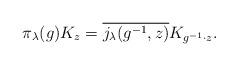
LaTeX: \begin{align*} \pi_\lambda(g)K_z = \overline{j_\lambda(g^{-1},z)} K_{g^{-1}\cdot z}.\end{align*}